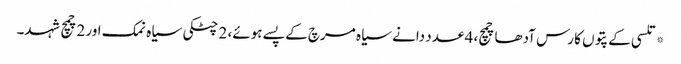
*تلسی کے پتوں کا رس آدھا چمچ، 4 عدد دانے سیاہ مرچ کے پسے ہوئے، 2 چٹکی سیاہ نمک اور 2چمچ شہد۔